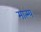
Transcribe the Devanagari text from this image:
मात्म्य